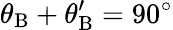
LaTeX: \theta_{\mathrm{B}}+\theta_{\mathrm{B}}^{\prime}=90^{\circ}